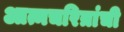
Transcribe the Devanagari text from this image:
आत्मचरित्रांची